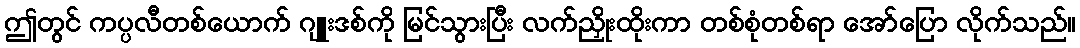
ဤတွင် ကပ္ပလီတစ်ယောက် ဂျူးဒစ်ကို မြင်သွားပြီး လက်ညှိုးထိုးကာ တစ်စုံတစ်ရာ အော်ပြော လိုက်သည်။